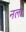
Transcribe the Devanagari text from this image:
नला